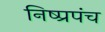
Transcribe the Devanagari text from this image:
निष्प्रपंच